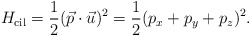
\begin{gather*}H_{\rm cil}=\frac{1}{2}(\vec{p}\cdot \vec{u})^2=\frac{1}{2}(p_x +p_y+p_z)^2 .\end{gather*}